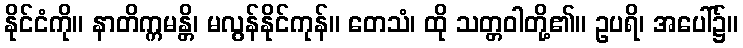
နိုင်ငံကို။ နာတိက္ကမန္တိ၊ မလွန်နိုင်ကုန်။ တေသံ၊ ထို သတ္တဝါတို့၏။ ဥပရိ၊ အပေါ်၌။